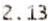
2.13